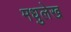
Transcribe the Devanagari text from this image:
मधुलेख